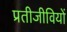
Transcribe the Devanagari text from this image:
प्रतीजीवियों